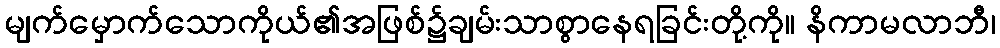
မျက်မှောက်သောကိုယ်၏အဖြစ်၌ချမ်းသာစွာနေရခြင်းတို့ကို။ နိကာမလာဘီ၊